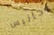
جانيس